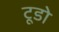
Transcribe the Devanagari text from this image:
टूडो